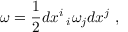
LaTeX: \omega = \displaystyle \frac { 1 } { 2 } d x ^ { i } \, _ { i } \omega _ { j } d x ^ { j } ~ ,